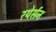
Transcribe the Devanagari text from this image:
रयेर्सन